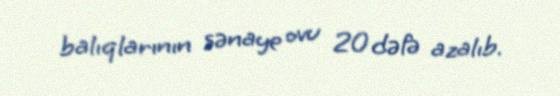
balıqlarının sənaye ovu 20 dəfə azalıb.